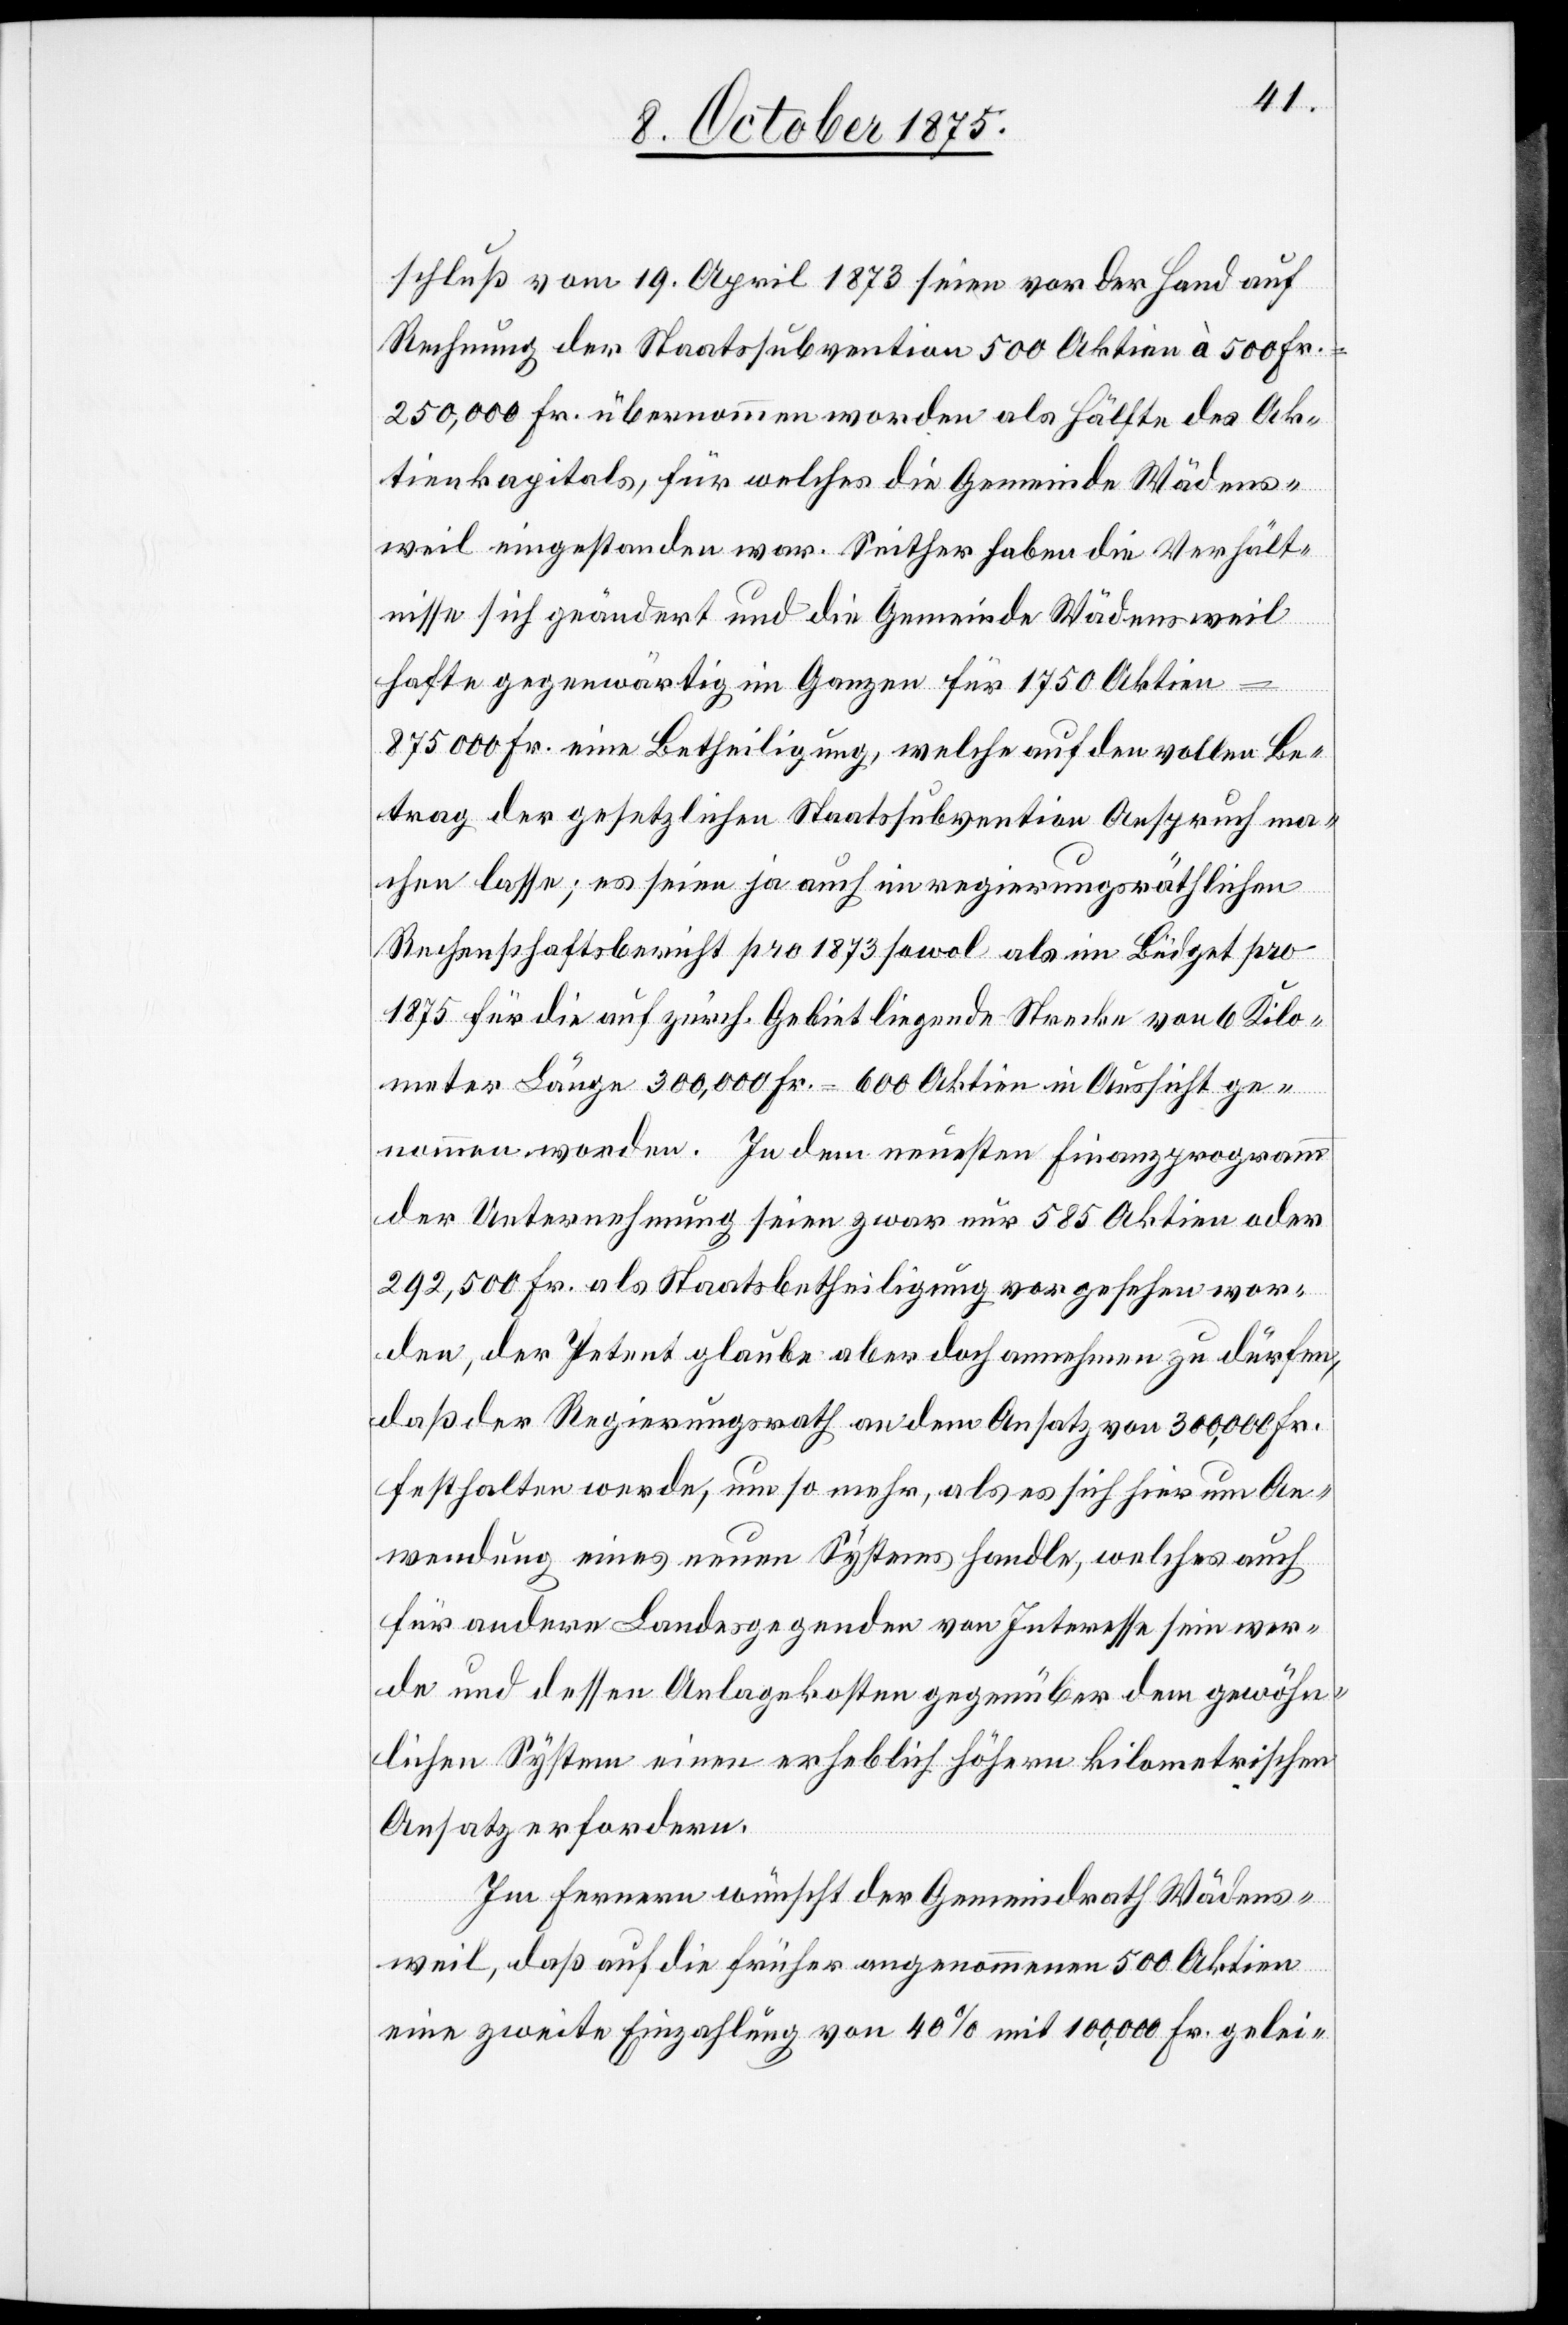
schluß vom 19. April 1873 seien vor der Hand auf
Rechnung der Staatssubvention 500 Aktien à 500 Fr.
250,000 Fr. übernommen worden als Hälfte des Ak¬
tienkapitals, für welches die Gemeinde Wädens¬
weil eingestanden war. Seither haben die Verhält¬
nisse sich geändert und die Gemeinde Wädensweil
hafte gegenwärtig im Ganzen für 1750 Aktien
875,000 Fr. eine Betheiligung, welche auf den vollen Be¬
trag der gesetzlichen Staatssubvention Anspruch ma¬
chen lasse; es seien ja auch im regierungsräthlichen
Rechenschaftsbericht pro 1873 sowol als im Büdget pro
1875 für die auf zürch. Gebiet liegende Strecke von 6 Kilo¬
meter Länge 300,000 Fr. = 600 Aktien in Aussicht ge¬
nommen worden. In dem neuesten Finanzprogramm
der Unternehmung seien zwar nur 585 Aktien oder
292,500 Fr. als Staatsbetheiligung vorgesehen wor¬
den, der Petent glaube aber doch annehmen zu dürfen,
daß der Regierungsrath an dem Ansatz von 300,000 Fr.
festhalten werde, um so mehr, als es sich hier um An¬
wendung eines neuen Systems handle, welches auch
für andere Landesgegenden von Interesse sein wer¬
de und dessen Anlagekosten gegenüber dem gewöhn¬
lichen System einen erheblich höhern kilometrischen
Ansatz erfordern.
Im Fernern wünscht der Gemeindrath Wädens¬
weil, daß auf die früher angenommenen 500 Aktien
eine zweite Einzahlung von 40% mit 100,000 Fr. gelei-